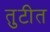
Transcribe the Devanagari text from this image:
तुटीत